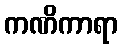
ကဏိကာရာ